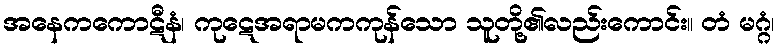
အနေကကောဋီနံ၊ ကုဋေအရာမကကုန်သော သူတို့၏လည်းကောင်း။ တံ မဂ္ဂံ၊